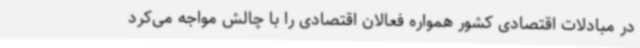
در مبادلات اقتصادی کشور همواره فعالان اقتصادی را با چالش مواجه می‌کرد